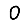
Digit: 0